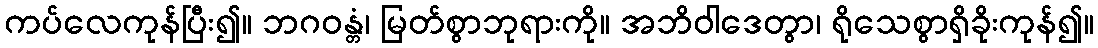
ကပ်လေကုန်ပြီး၍။ ဘဂဝန္တံ၊ မြတ်စွာဘုရားကို။ အဘိဝါဒေတွာ၊ ရိုသေစွာရှိခိုးကုန်၍။